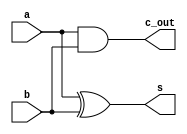
module half_add(input a, b , output s, c_out);
  assign s = a ^ b;
  assign c_out = a & b;
endmodule

module full_add(input a,b,c_in,output s,c_out);
  wire temp_1,temp_2,temp_3;
  half_add ha_1(a,b,temp_1,temp_2);
  half_add ha_2(temp_1,c_in,s,temp_3);
  assign c_out = temp_2 | temp_3;
endmodule

module vedic_2x2(mul_1,mul_2,product);
  input [1:0]mul_1;
  input [1:0]mul_2;
  output  [3:0] product;
  wire [3:0] temp;
  half_add ha_1 (temp[0],temp[1],product[1],temp[2]);
  half_add ha_2 (temp[2],temp[3],product[2],product[3]);
  assign product[0] = mul_1[0] & mul_2[0];
  assign temp[0] = mul_1[0] & mul_2[1];
  assign temp[1] = mul_1[1] & mul_2[0];
  assign temp[3] = mul_1[1] & mul_2[1];
endmodule

module add_4bit(add_1,add_2,summed_up);
  parameter N=4;
  input [N-1:0] add_1,add_2;
  output [N-1:0] summed_up;
  wire  carry_out;
  wire [N-1:0] intra_carry;
  genvar i;
  generate 
    for(i=0;i<N;i=i+1)
      begin: generate_N_bit_Adder
        if(i==0) half_add f(add_1[0],add_2[0],summed_up[0],intra_carry[0]);
        else full_add f(add_1[i],add_2[i],intra_carry[i-1],summed_up[i],intra_carry[i]);
      end
    assign carry_out = intra_carry[N-1];
  endgenerate
endmodule

module add_6bit(add_1,add_2,summed_up);
  parameter N=6;
  input [N-1:0] add_1,add_2;
  output [N-1:0] summed_up;
  wire  carry_out;
  wire [N-1:0] intra_carry;
  genvar i;
  generate 
  for(i=0;i<N;i=i+1)
    begin: generate_N_bit_Adder
      if(i == 0) half_add ha(add_1[0],add_2[0],summed_up[0],intra_carry[0]);
      else full_add fa(add_1[i],add_2[i],intra_carry[i-1],summed_up[i],intra_carry[i]);
    end
    assign carry_out = intra_carry[N-1];
  endgenerate
endmodule

module vedic_4x4(mul_1,mul_2,product);
  input [3:0]mul_1;
  input [3:0]mul_2;
  output [7:0]product;
  wire [3:0]q[5:0];	
  wire [7:0]product;
  wire [5:0]temp[4:0];
  
  vedic_2x2 vm_1(mul_1[1:0],mul_2[1:0],q[0]);
  vedic_2x2 vm_2(mul_1[3:2],mul_2[1:0],q[1]);
  vedic_2x2 vm_3(mul_1[1:0],mul_2[3:2],q[2]);
  vedic_2x2 vm_4(mul_1[3:2],mul_2[3:2],q[3]);
  
  add_4bit b4a(q[1],q[5],q[4]);
  add_6bit b6a(temp[0],temp[1],temp[3]);
  add_6bit b6b(temp[2],temp[3],temp[4]);
  
  //add_4bit b4a_1 (.add_1(q1),.add_2(temp1),.summed_up(q4));
  //add_6bit b6a_1(.add1(temp2),.add2(temp3),.summedup(q5));
  //add_6bit b6a_2(.add1(temp4),.add2(q5),.summedup(q6));

  
  assign q[5] ={2'b00,q[0][3:2]};
  assign temp[0] ={2'b00,q[2]};
  assign temp[1] ={q[3],2'b00};
  assign temp[2]={2'b00,q[4]};
  assign product[1:0]=q[0][1:0];
  assign product[7:2]=temp[4];
  
endmodule

module add_8bit(add_1,add_2,summed_up);
  parameter N=8;
  input [N-1:0] add_1,add_2;
  output [N-1:0] summed_up;
  wire  carry_out;
  wire [N-1:0] intra_carry;
  genvar i;
  generate 
    for(i=0;i<N;i=i+1)
      begin: generate_N_bit_Adder
        if(i==0) half_add f(add_1[0],add_2[0],summed_up[0],intra_carry[0]);
        else full_add f(add_1[i],add_2[i],intra_carry[i-1],summed_up[i],intra_carry[i]);
      end
    assign carry_out = intra_carry[N-1];
  endgenerate
endmodule

module add_12bit(add_1,add_2,summed_up);
  parameter N=12;
  input [N-1:0] add_1,add_2;
  output [N-1:0] summed_up;
  wire  carry_out;
  wire [N-1:0] intra_carry;
  genvar i;
  generate 
    for(i=0;i<N;i=i+1)
      begin: generate_N_bit_Adder
        if(i==0) half_add f(add_1[0],add_2[0],summed_up[0],intra_carry[0]);
        else full_add f(add_1[i],add_2[i],intra_carry[i-1],summed_up[i],intra_carry[i]);
      end
    assign carry_out = intra_carry[N-1];
  endgenerate
endmodule

module vedic_8x8(mul_1,mul_2,product);   
	input [7:0]mul_1;
	input [7:0]mul_2;
	output [15:0]product;

    wire [7:0]q[5:0];	
	wire [11:0]temp[4:0];
  
  vedic_4x4 vm4_1(mul_1[3:0],mul_2[3:0],q[0]);
  vedic_4x4 vm4_2(mul_1[7:4],mul_2[3:0],q[1]);
  vedic_4x4 vm4_3(mul_1[3:0],mul_2[7:4],q[2]);
  vedic_4x4 vm4_4(mul_1[7:4],mul_2[7:4],q[3]);
  
  add_8bit a8_1(q[1],q[5],q[4]);
  add_12bit a12_1(temp[0],temp[1],temp[3]);
  add_12bit a12_2(temp[2],temp[3],temp[4]);

  assign q[5] ={4'b0000,q[0][7:4]};
  assign temp[0] ={4'b0000,q[2]};
  assign temp[1] ={q[3],4'b0000};
  assign temp[2]={4'b0000,q[4]};
  
  assign product[3:0]=q[0][3:0];
  assign product[15:4]=temp[4];

endmodule

module add_16bit(add_1,add_2,summed_up);
  parameter N=16;
  input [N-1:0] add_1,add_2;
  output [N-1:0] summed_up;
  wire  carry_out;
  wire [N-1:0] intra_carry;
  genvar i;
  generate 
    for(i=0;i<N;i=i+1)
      begin: generate_N_bit_Adder
        if(i==0) half_add f(add_1[0],add_2[0],summed_up[0],intra_carry[0]);
        else full_add f(add_1[i],add_2[i],intra_carry[i-1],summed_up[i],intra_carry[i]);
      end
    assign carry_out = intra_carry[N-1];
  endgenerate
endmodule

module add_24bit(add_1,add_2,summed_up);
  parameter N=24;
  input [N-1:0] add_1,add_2;
  output [N-1:0] summed_up;
  wire  carry_out;
  wire [N-1:0] intra_carry;
  genvar i;
  generate 
    for(i=0;i<N;i=i+1)
      begin: generate_N_bit_Adder
        if(i==0) half_add f(add_1[0],add_2[0],summed_up[0],intra_carry[0]);
        else full_add f(add_1[i],add_2[i],intra_carry[i-1],summed_up[i],intra_carry[i]);
      end
    assign carry_out = intra_carry[N-1];
  endgenerate
endmodule

module vedic_16x16(mul_1,mul_2,product);   
  input [15:0]mul_1;
  input [15:0]mul_2;
  output [31:0]product;

  wire [15:0]q[5:0];	
  wire [23:0]temp[4:0];
  
  vedic_8x8 vm4_1(mul_1[7:0],mul_2[7:0],q[0]);
  vedic_8x8 vm4_2(mul_1[15:8],mul_2[7:0],q[1]);
  vedic_8x8 vm4_3(mul_1[7:0],mul_2[15:8],q[2]);
  vedic_8x8 vm4_4(mul_1[15:8],mul_2[15:8],q[3]);
  
  add_16bit a16_1(q[1],q[5],q[4]);
  add_24bit a24_1(temp[0],temp[1],temp[3]);
  add_24bit a24_2(temp[2],temp[3],temp[4]);

  assign q[5] ={8'b00000000,q[0][15:8]};
  assign temp[0] ={8'b00000000,q[2]};
  assign temp[1] ={q[3],8'b00000000};
  assign temp[2]={8'b00000000,q[4]};
  
  assign product[7:0]=q[0][7:0];
  assign product[31:8]=temp[4];

endmodule

module add_32bit(add_1,add_2,summed_up);
  parameter N=32;
  input [N-1:0] add_1,add_2;
  output [N-1:0] summed_up;
  wire  carry_out;
  wire [N-1:0] intra_carry;
  genvar i;
  generate 
    for(i=0;i<N;i=i+1)
      begin: generate_N_bit_Adder
        if(i==0) half_add f(add_1[0],add_2[0],summed_up[0],intra_carry[0]);
        else full_add f(add_1[i],add_2[i],intra_carry[i-1],summed_up[i],intra_carry[i]);
      end
    assign carry_out = intra_carry[N-1];
  endgenerate
endmodule

module add_48bit(add_1,add_2,summed_up);
  parameter N=48;
  input [N-1:0] add_1,add_2;
  output [N-1:0] summed_up;
  wire  carry_out;
  wire [N-1:0] intra_carry;
  genvar i;
  generate 
    for(i=0;i<N;i=i+1)
      begin: generate_N_bit_Adder
        if(i==0) half_add f(add_1[0],add_2[0],summed_up[0],intra_carry[0]);
        else full_add f(add_1[i],add_2[i],intra_carry[i-1],summed_up[i],intra_carry[i]);
      end
    assign carry_out = intra_carry[N-1];
  endgenerate
endmodule

module vedic_32x32(mul_1,mul_2,product);   
  input [31:0]mul_1;
  input [31:0]mul_2;
  output [63:0]product;

  wire [31:0]q[5:0];	
  wire [47:0]temp[4:0];
  
  vedic_16x16 vm4_1(mul_1[15:0],mul_2[15:0],q[0]);
  vedic_16x16 vm4_2(mul_1[31:16],mul_2[15:0],q[1]);
  vedic_16x16 vm4_3(mul_1[15:0],mul_2[31:16],q[2]);
  vedic_16x16 vm4_4(mul_1[31:16],mul_2[31:16],q[3]);
  
  add_32bit a32_1(q[1],q[5],q[4]);
  add_48bit a48_1(temp[0],temp[1],temp[3]);
  add_48bit a48_2(temp[2],temp[3],temp[4]);

  assign q[5] ={16'b0,q[0][31:16]};
  assign temp[0] ={16'b0,q[2]};
  assign temp[1] ={q[3],16'b0};
  assign temp[2]={16'b0,q[4]};
  
  assign product[15:0]=q[0][15:0];
  assign product[63:16]=temp[4];

endmodule